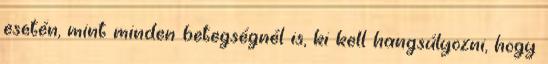
esetén, mint minden betegségnél is, ki kell hangsúlyozni, hogy